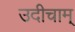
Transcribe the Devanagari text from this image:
उदीचाम्